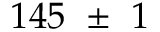
1 4 5 ~ \pm ~ 1